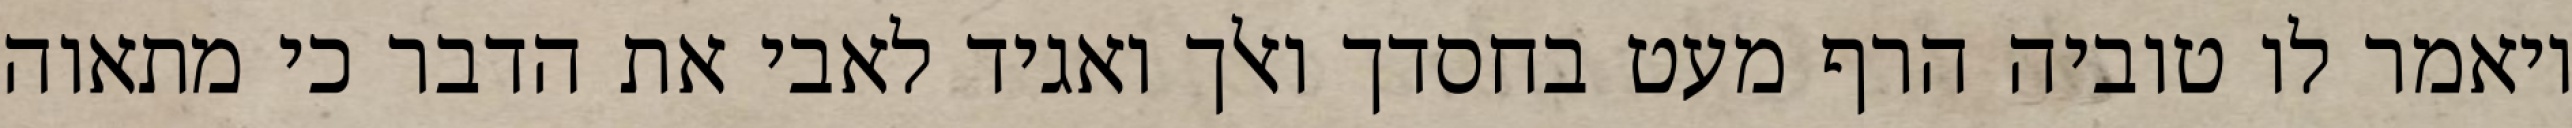
ויאמר לו טוביה הרף מעט בחסדך ואלך ואגיד לאבי את הדבר כי מתאוה